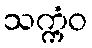
သက္ကံဝ